Document type: Inventory
Year: 1295
Scribe: Pere Marc
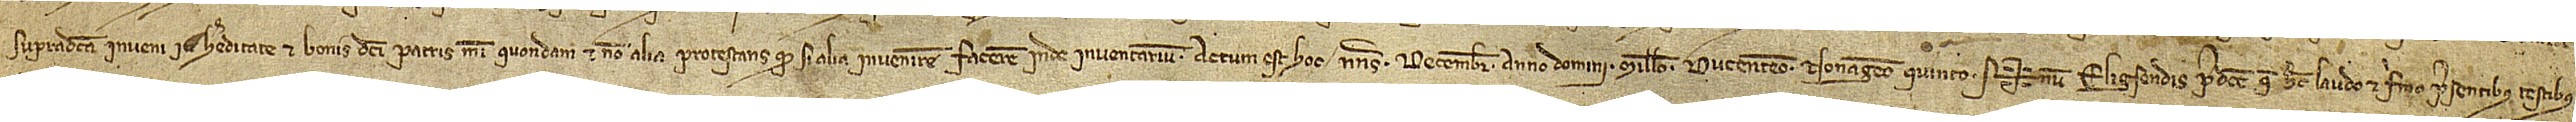
supradicta inveni in hereditate et bonis dicti patris mei, quondam, et non alia. Protestans quod si alia invenirem, facerem inde inventarium. Actum est hoc nonas decembris, anno Domini millesimo ducentesimo nonagesimo quinto.  Sig+num Eligsendis predicte, que hec laudo et firmo, presentibus testibus